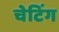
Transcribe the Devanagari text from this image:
चेटिंग